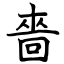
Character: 嗇